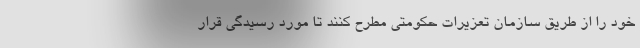
خود را از طریق سازمان تعزیرات حکومتی مطرح کنند تا مورد رسیدگی قرار